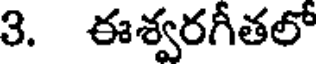
3. ఈశ్వరగీతలో